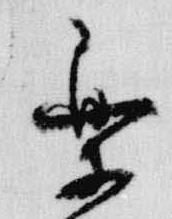
楽